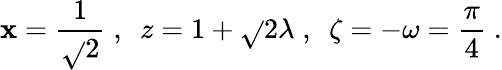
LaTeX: \mathbf{x}=\frac{{1}}{{\sqrt{}{{2}}}}\; ,~~z=1+\sqrt{}{{2}}\lambda\; ,~~\zeta=-\omega=\frac{{\pi}}{{4}}\; .